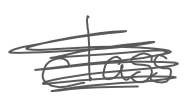
Text: class
Cross-out: scratch
Writing tool: digital_gray